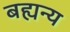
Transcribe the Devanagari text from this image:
बह्यन्य